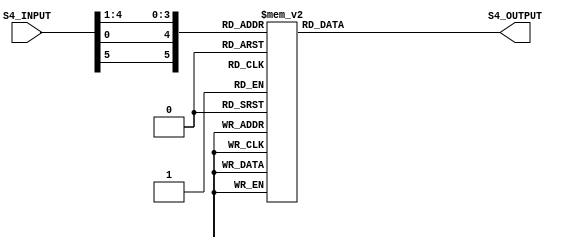
`timescale 1ns / 1ps
//////////////////////////////////////////////////////////////////////////////////
// Company: 
// Engineer: 
// 
// Design Name: 
// Module Name:    Sbox_Rom4 
// Project Name: 
// Target Devices: 
// Tool versions: 
// Description: 
//
// Dependencies: 
//
// Revision: 
// Revision 0.01 - File Created
// Additional Comments: 
//
//////////////////////////////////////////////////////////////////////////////////
module Sbox_Rom4(S4_INPUT, S4_OUTPUT);
input [6 : 1]S4_INPUT;
output [3 : 0 ]S4_OUTPUT;
wire [6 : 1] S4_INPUT;
reg [3 : 0] S4_OUTPUT;
wire [6 : 1] S4_SELECT;
 
 assign S4_SELECT = {S4_INPUT[6],S4_INPUT[1],S4_INPUT[5 : 2]};
 always @(S4_SELECT)
 begin
 case(S4_SELECT)
 6'b000000: S4_OUTPUT <= 4'h7;
 6'b000001: S4_OUTPUT <= 4'hD;
 6'b000010: S4_OUTPUT <= 4'hE;
 6'b000011: S4_OUTPUT <= 4'h3;
 6'b000100: S4_OUTPUT <= 4'h0;
 6'b000101: S4_OUTPUT <= 4'h6;
 6'b000110: S4_OUTPUT <= 4'h9;
 6'b000111: S4_OUTPUT <= 4'hA;
 6'b001000: S4_OUTPUT <= 4'h1;
 6'b001001: S4_OUTPUT <= 4'h2;
 6'b001010: S4_OUTPUT <= 4'h8;
 6'b001011: S4_OUTPUT <= 4'h5;
 6'b001100: S4_OUTPUT <= 4'hB;
 6'b001101: S4_OUTPUT <= 4'hC;
 6'b001110: S4_OUTPUT <= 4'h4;
 6'b001111: S4_OUTPUT <= 4'hF;
 6'b010000: S4_OUTPUT <= 4'hD;
 6'b010001: S4_OUTPUT <= 4'h8;
 6'b010010: S4_OUTPUT <= 4'hB;
 6'b010011: S4_OUTPUT <= 4'h5;
 6'b010100: S4_OUTPUT <= 4'h6;
 6'b010101: S4_OUTPUT <= 4'hF;
 6'b010110: S4_OUTPUT <= 4'h0;
 6'b010111: S4_OUTPUT <= 4'h3;
 6'b011000: S4_OUTPUT <= 4'h4;
 6'b011001: S4_OUTPUT <= 4'h7;
 6'b011010: S4_OUTPUT <= 4'h2;
 6'b011011: S4_OUTPUT <= 4'hC;
 6'b011100: S4_OUTPUT <= 4'h1;
 6'b011101: S4_OUTPUT <= 4'hA;
 6'b011110: S4_OUTPUT <= 4'hE;
 6'b011111: S4_OUTPUT <= 4'h9;
 6'b100000: S4_OUTPUT <= 4'hA;
 6'b100001: S4_OUTPUT <= 4'h6;
 6'b100010: S4_OUTPUT <= 4'h9;
 6'b100011: S4_OUTPUT <= 4'h0;
 6'b100100: S4_OUTPUT <= 4'hC;
 6'b100101: S4_OUTPUT <= 4'hB;
 6'b100110: S4_OUTPUT <= 4'h7;
 6'b100111: S4_OUTPUT <= 4'hD;
 6'b101000: S4_OUTPUT <= 4'hF;
 
6'b101001: S4_OUTPUT <= 4'h1;
6'b101010: S4_OUTPUT <= 4'h3;
6'b101011: S4_OUTPUT <= 4'hE;
6'b101100: S4_OUTPUT <= 4'h5;
6'b101101: S4_OUTPUT <= 4'h2;
6'b101110: S4_OUTPUT <= 4'h8;
6'b101111: S4_OUTPUT <= 4'h4;
6'b110000: S4_OUTPUT <= 4'h3;
6'b110001: S4_OUTPUT <= 4'hF;
6'b110010: S4_OUTPUT <= 4'h0;
6'b110011: S4_OUTPUT <= 4'h6;
6'b110100: S4_OUTPUT <= 4'hA;
6'b110101: S4_OUTPUT <= 4'h1;
6'b110110: S4_OUTPUT <= 4'hD;
6'b110111: S4_OUTPUT <= 4'h8;
6'b111000: S4_OUTPUT <= 4'h9;
6'b111001: S4_OUTPUT <= 4'h4;
6'b111010: S4_OUTPUT <= 4'h5;
6'b111011: S4_OUTPUT <= 4'hB;
6'b111100: S4_OUTPUT <= 4'hC;
6'b111101: S4_OUTPUT <= 4'h7;
6'b111110: S4_OUTPUT <= 4'h2;
6'b111111: S4_OUTPUT <= 4'hE;
default: S4_OUTPUT <= 4'h0;
 
endcase
end
endmodule